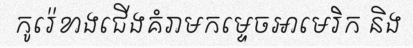
កូរ៉េខាងជើងគំរាមកម្ទេចអាមេរិក និង